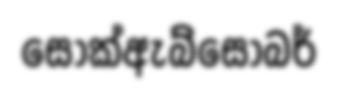
සොක්ඇබ්සෝබර්